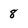
Character: 8